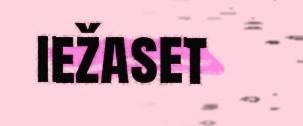
iežaset